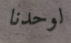
لوحدنا